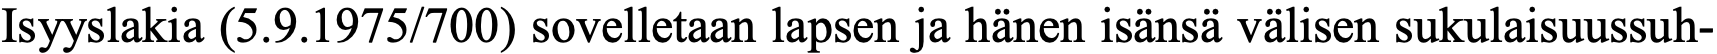
Isyyslakia (5.9.1975/700) sovelletaan lapsen ja hänen isänsä välisen sukulaisuussuh-